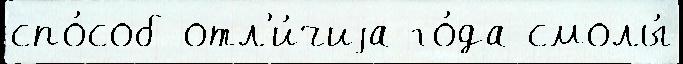
спо́соб отл'и́чиjа го́да смолы́